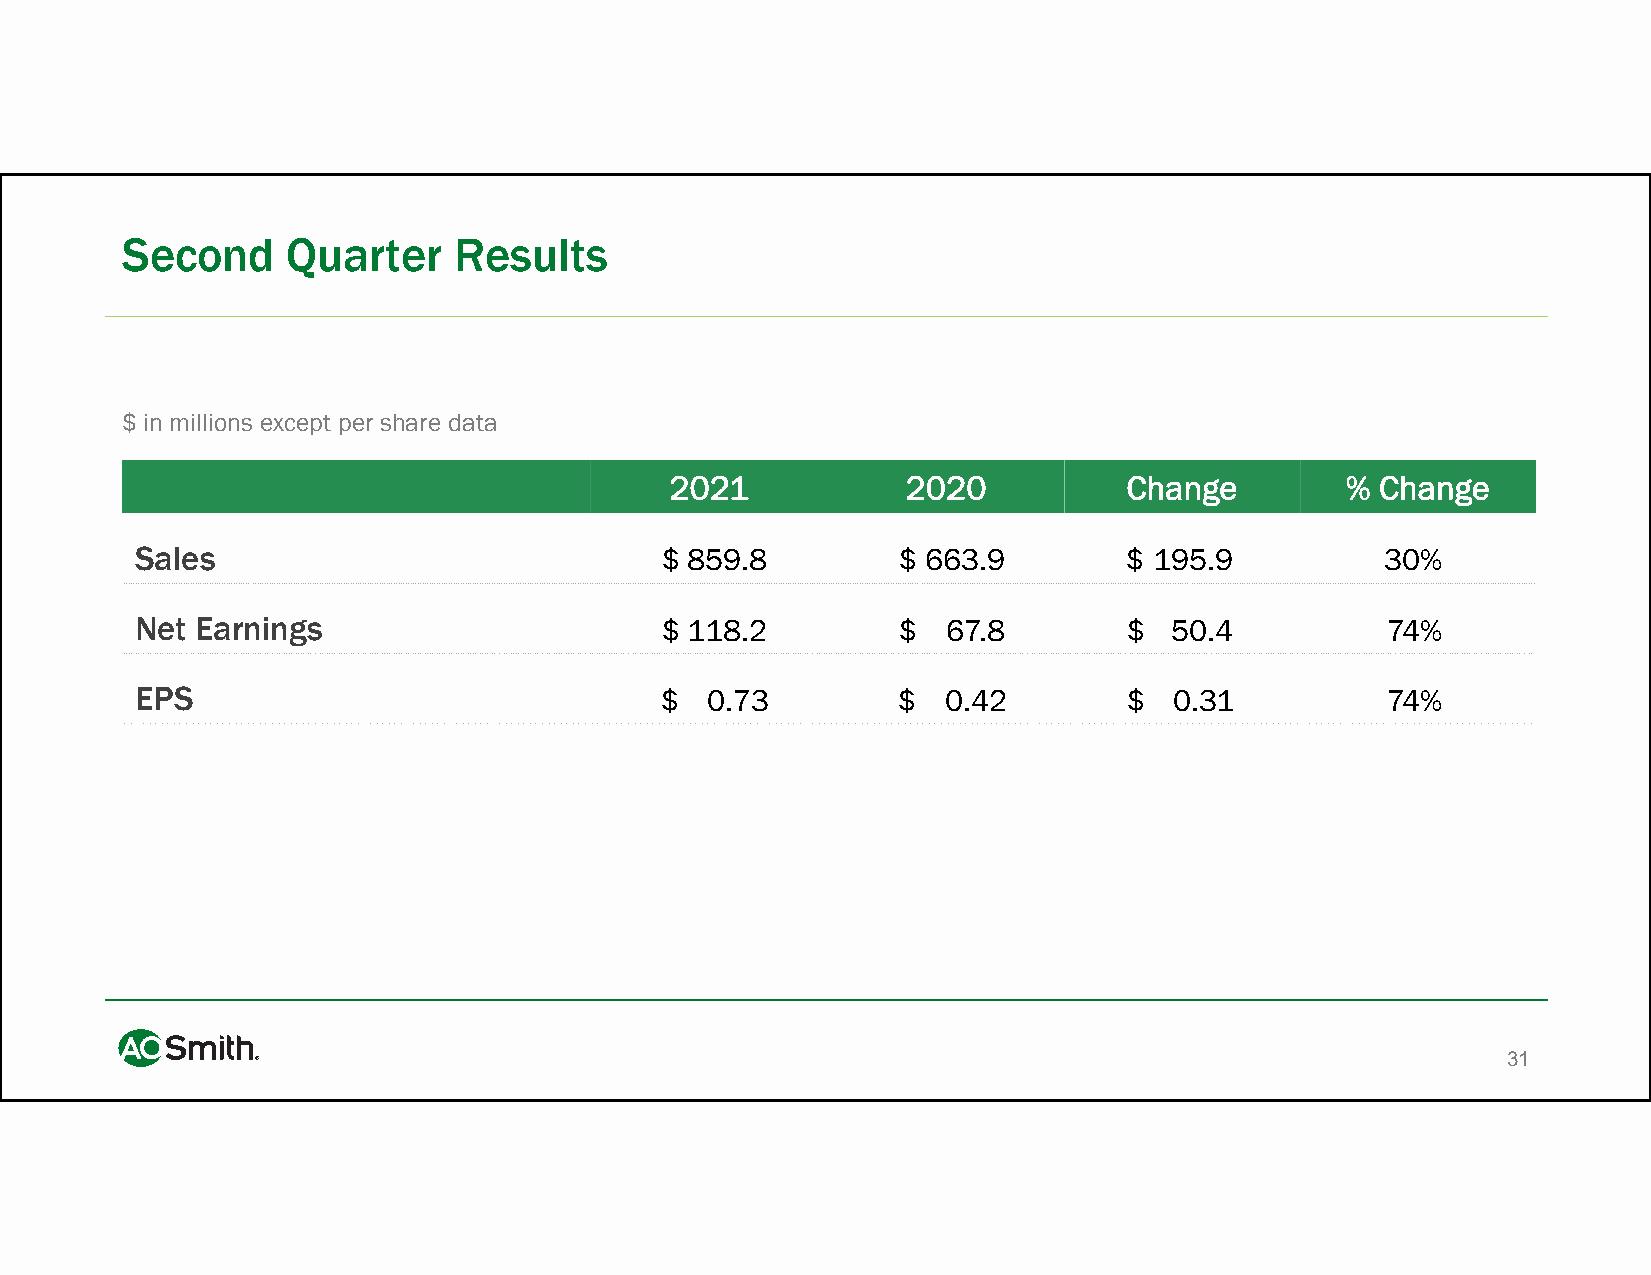
Second     Quarter    Results
 $ in millions except per share data
 2021            2020           Change        % Change
 Sales                              $ 859.8         $ 663.9        $ 195.9          30%
 Net Earnings                       $ 118.2         $  67.8        $  50.4          74%
 EPS                                $  0.73         $  0.42        $  0.31          74%
 31